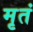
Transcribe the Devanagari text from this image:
मृतं